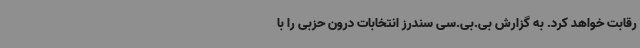
رقابت خواهد کرد. به گزارش بی.بی.سی سندرز انتخابات درون حزبی را با